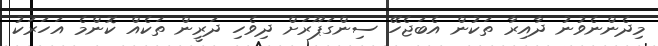
މިދެންނެވުނު ދާއިރާ ތަކުން އެބަޖެހޭ ސިންގަޕޫރަށް ދިވެހި ދަރީން ތަކެއް ކޮންމެ އަހަަރަކު